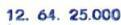
12.64.25.000